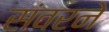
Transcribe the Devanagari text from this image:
संवरने